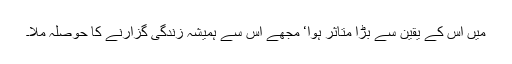
میں اس کے یقین سے بڑا متاثر ہوا‘ مجھے اس سے ہمیشہ زندگی گزارنے کا حوصلہ ملا۔